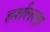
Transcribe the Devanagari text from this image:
हर्शलला